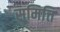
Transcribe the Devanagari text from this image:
समित्ति